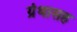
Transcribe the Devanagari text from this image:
ग्रंथासह